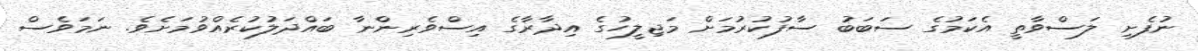
ނުފެށި ލަސްވާތީ އެކަމުގެ ސަބަބު ސާފުކުރުމަށް މަޖިލީހުގެ އިދާރާގެ އިސްވެރިންނާ ބައްދަލުކުރެއްވުމަށެވެ. ނަމަވެސް